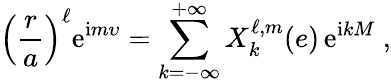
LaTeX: \left(\frac{r}{a}\right)^{\ell}\mathrm{e}^{\mathrm{i}m\upsilon}=\sum_{k=-\infty}^{+\infty}X_{k}^{\ell,m}(e)\, \mathrm{e}^{\mathrm{i}kM}\ ,